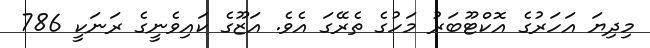
މިދިޔަ އަހަރުގެ އޮކްޓޫބަރު މަހުގެ ތެރޭގަ އެވެ. އަޒޫގެ ކައިވެނީގެ ރަނަކީ 786